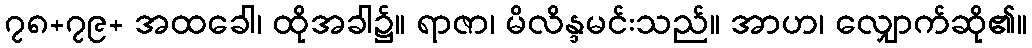
၇၈+၇၉+ အထခေါ၊ ထိုအခါ၌။ ရာဇာ၊ မိလိန္ဒမင်းသည်။ အာဟ၊ လျှောက်ဆို၏။